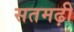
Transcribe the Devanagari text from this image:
सतमढ़ी